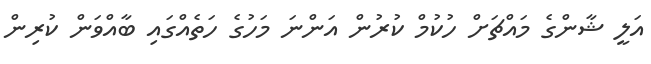
އަލީ ޝާންގެ މައްޗަށް ހުކުމް ކުރުން އަންނަ މަހުގެ ހަތެއްގައި ބާއްވަން ކުރިން